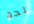
لحد